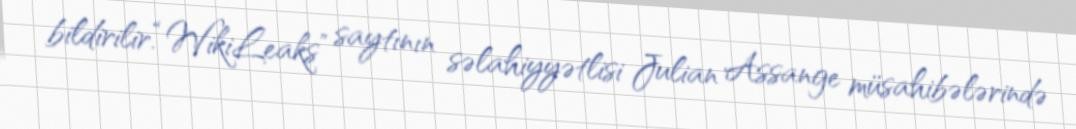
bildirilir.“WikiLeaks” saytının səlahiyyətlisi Julian Assange müsahibələrində